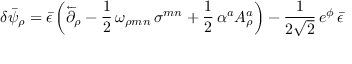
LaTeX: \delta \bar { \psi } _ { \rho } = \bar { \epsilon } \left( \overleftarrow { \partial } _ { \rho } - \frac { 1 } { 2 } \, \omega _ { \rho m n } \, \sigma ^ { m n } + \frac { 1 } { 2 } \, \alpha ^ { a } A _ { \rho } ^ { a } \right) - \frac { 1 } { 2 \sqrt { 2 } } \, e ^ { \phi } \, \bar { \epsilon }